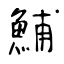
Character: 鯆